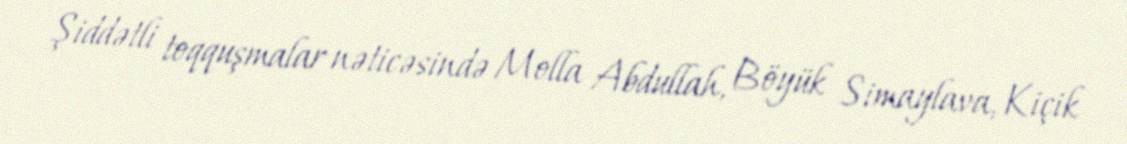
Şiddətli toqquşmalar nəticəsində Molla Abdullah, Böyük Simaylava, Kiçik